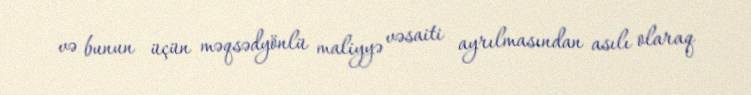
və bunun üçün məqsədyönlü maliyyə vəsaiti ayrılmasından asılı olaraq